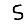
Digit: 5